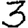
Digit: 3